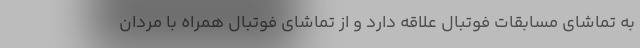
به تماشای مسابقات فوتبال علاقه دارد و از تماشای فوتبال همراه با مردان